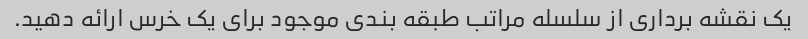
یک نقشه برداری از سلسله مراتب طبقه بندی موجود برای یک خرس ارائه دهید.